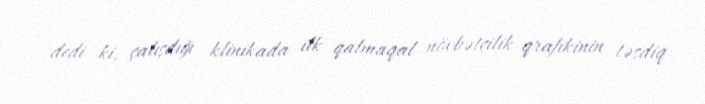
dedi ki, çalışdığı klinikada ilk qalmaqal növbətçilik qrafikinin təsdiq